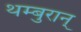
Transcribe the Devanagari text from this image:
थम्बुरान्